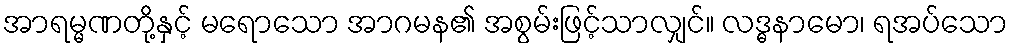
အာရမ္မဏတို့နှင့် မရောသော အာဂမန၏ အစွမ်းဖြင့်သာလျှင်။ လဒ္ဓနာမော၊ ရအပ်သော